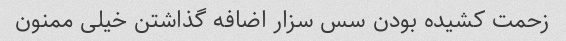
زحمت کشیده بودن سس سزار اضافه گذاشتن خیلی ممنون